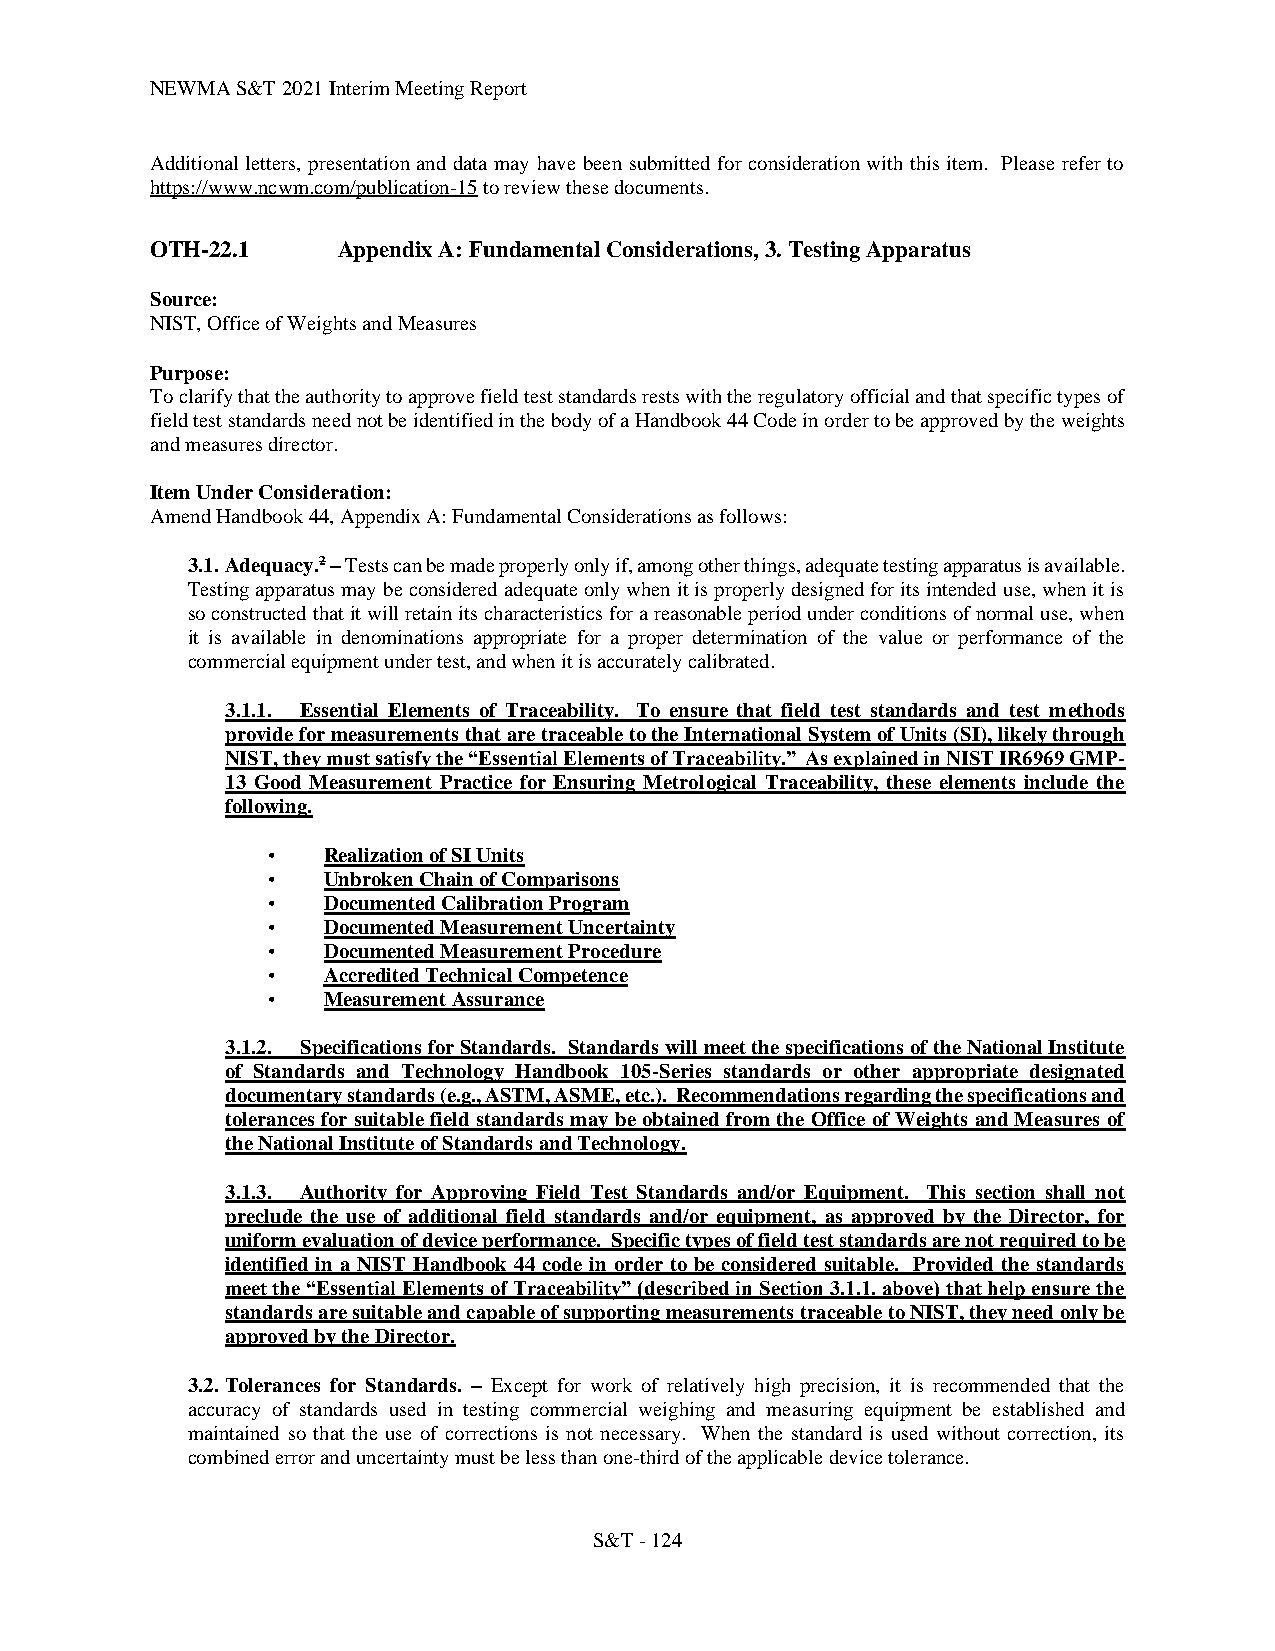
NEWMA S&T 2021 Interim Meeting Report
 Additional letters, presentation and data may have been submitted for consideration with this item. Please refer to
 https://www.ncwm.com/publication-15 to review these documents.
 OTH-22.1    Appendix A: Fundamental Considerations, 3. Testing Apparatus
 Source:
 NIST, Office of Weights and Measures
 Purpose:
 To clarify that the authority to approve field test standards rests with the regulatory official and that specific types of
 field test standards need not be identified in the body of a Handbook 44 Code in order to be approved by the weights
 and measures director.
 Item Under Consideration:
 Amend Handbook 44, Appendix A: Fundamental Considerations as follows:
 3.1. Adequacy.2 – Tests can be made properly only if, among other things, adequate testing apparatus is available.
 Testing apparatus may be considered adequate only when it is properly designed for its intended use, when it is
 so constructed that it will retain its characteristics for a reasonable period under conditions of normal use, when
 it is available in denominations appropriate for a proper determination of the value or performance of the
 commercial equipment under test, and when it is accurately calibrated.
 3.1.1. Essential Elements of Traceability. To ensure that field test standards and test methods
 provide for measurements that are traceable to the International System of Units (SI), likely through
 NIST, they must satisfy the “Essential Elements of Traceability.” As explained in NIST IR6969 GMP-
 13 Good Measurement Practice for Ensuring Metrological Traceability, these elements include the
 following.
 •  Realization of SI Units
 •  Unbroken Chain of Comparisons
 •  Documented Calibration Program
 •  Documented Measurement Uncertainty
 •  Documented Measurement Procedure
 •  Accredited Technical Competence
 •  Measurement Assurance
 3.1.2. Specifications for Standards. Standards will meet the specifications of the National Institute
 of Standards and Technology Handbook 105-Series standards or other appropriate designated
 documentary standards (e.g., ASTM, ASME, etc.). Recommendations regarding the specifications and
 tolerances for suitable field standards may be obtained from the Office of Weights and Measures of
 the National Institute of Standards and Technology.
 3.1.3. Authority for Approving Field Test Standards and/or Equipment. This section shall not
 preclude the use of additional field standards and/or equipment, as approved by the Director, for
 uniform evaluation of device performance. Specific types of field test standards are not required to be
 identified in a NIST Handbook 44 code in order to be considered suitable. Provided the standards
 meet the “Essential Elements of Traceability” (described in Section 3.1.1. above) that help ensure the
 standards are suitable and capable of supporting measurements traceable to NIST, they need only be
 approved by the Director.
 3.2. Tolerances for Standards. – Except for work of relatively high precision, it is recommended that the
 accuracy of standards used in testing commercial weighing and measuring equipment be established and
 maintained so that the use of corrections is not necessary. When the standard is used without correction, its
 combined error and uncertainty must be less than one-third of the applicable device tolerance.
 S&T - 124